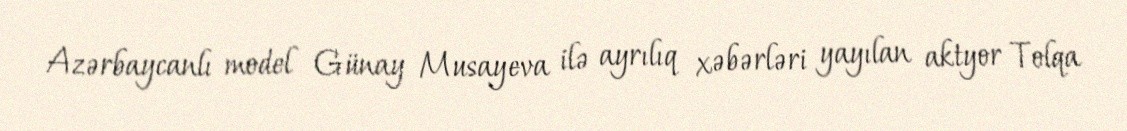
Azərbaycanlı model Günay Musayeva ilə ayrılıq xəbərləri yayılan aktyor Tolqa